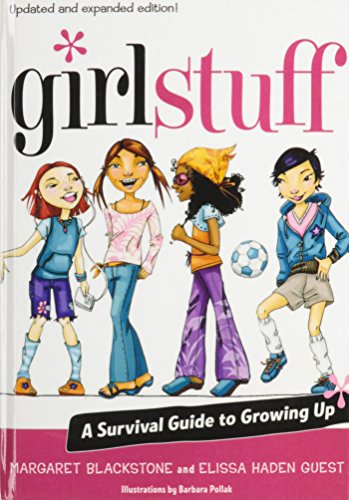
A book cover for Girl Stuff: A Survival Guide to Growing Up; Elissa Haden Guest; Teen & Young Adult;